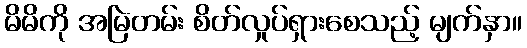
မိမိကို အမြဲတမ်း စိတ်လှုပ်ရှားစေသည့် မျက်နှာ။